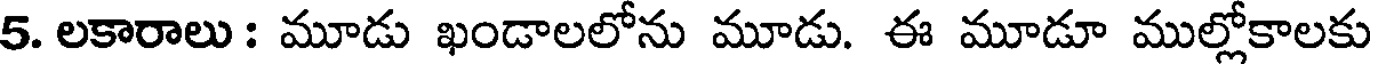
5. లకారాలు : మూడు ఖండాలలోను మూడు. ఈ మూడూ ముల్లోకాలకు